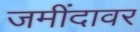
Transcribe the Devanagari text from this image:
जमींदावर